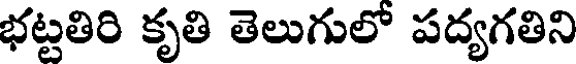
భట్టతిరి కృతి తెలుగులో పద్యగతిని